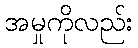
အမှုကိုလည်း